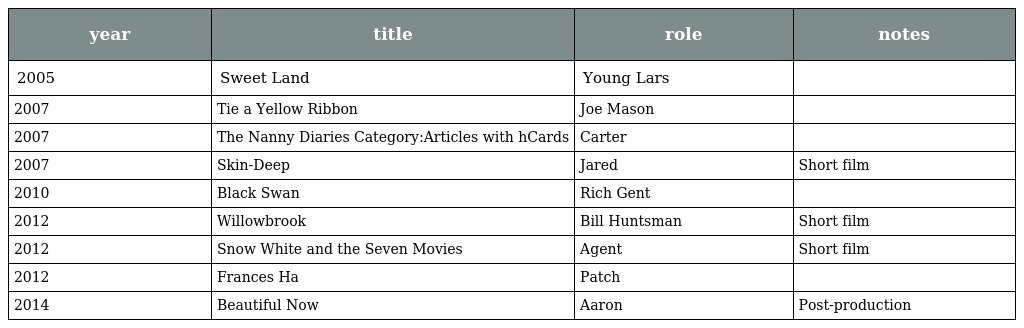
| year | title | role | notes |
 | --- | --- | --- | --- |
 | 2005 | Sweet Land | Young Lars |  |
 | 2007 | Tie a Yellow Ribbon | Joe Mason |  |
 | 2007 | The Nanny Diaries Category:Articles with hCards | Carter |  |
 | 2007 | Skin-Deep | Jared | Short film |
 | 2010 | Black Swan | Rich Gent |  |
 | 2012 | Willowbrook | Bill Huntsman | Short film |
 | 2012 | Snow White and the Seven Movies | Agent | Short film |
 | 2012 | Frances Ha | Patch |  |
 | 2014 | Beautiful Now | Aaron | Post-production |